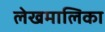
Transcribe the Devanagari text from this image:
लेखमालिका